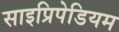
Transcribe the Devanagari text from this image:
साइप्रिपेडियम